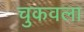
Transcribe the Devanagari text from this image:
चुकवला